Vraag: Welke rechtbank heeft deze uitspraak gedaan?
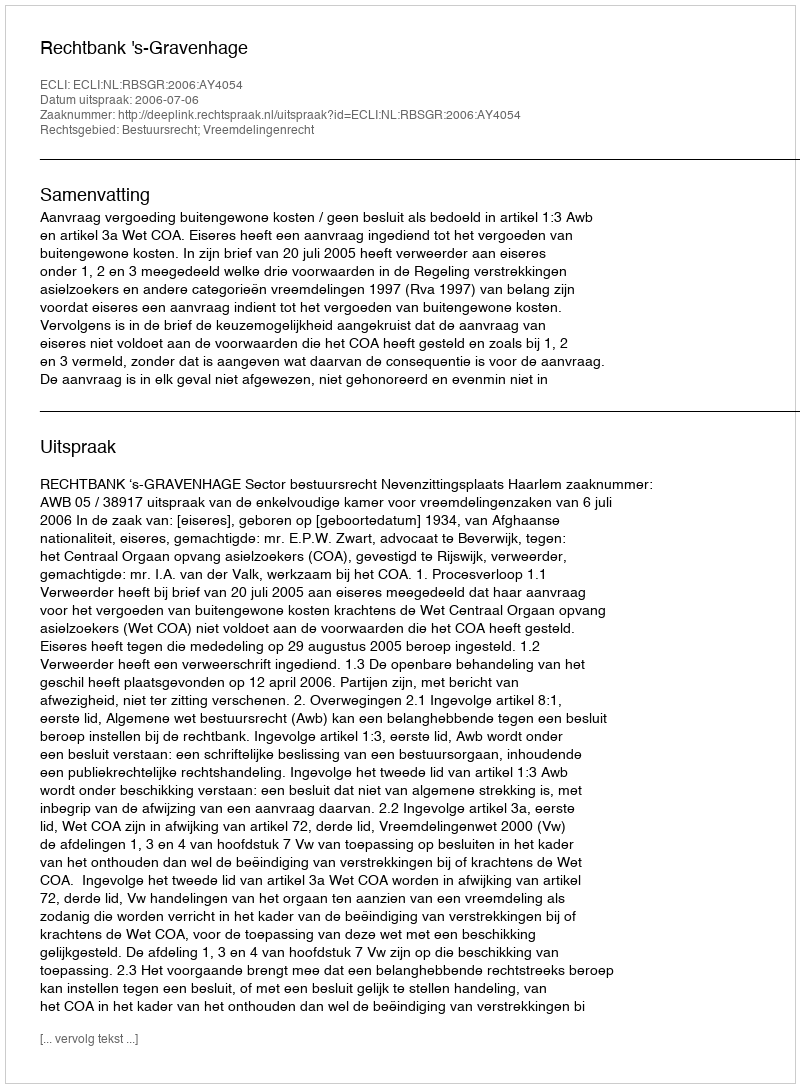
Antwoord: Rechtbank 's-Gravenhage